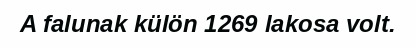
A falunak külön 1269 lakosa volt.